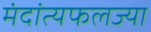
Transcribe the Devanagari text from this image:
मंदांत्यफलज्या